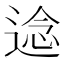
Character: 𮞤